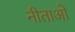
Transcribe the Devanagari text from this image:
नीताओं